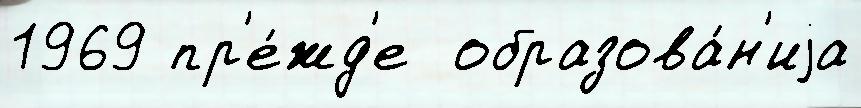
1969 пр'е́жд'е  образова́н'иjа